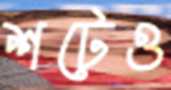
শটেও